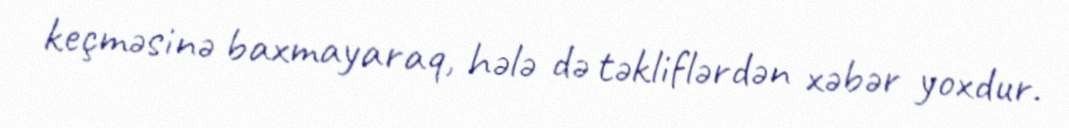
keçməsinə baxmayaraq, hələ də təkliflərdən xəbər yoxdur.